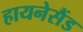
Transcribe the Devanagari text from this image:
हायनेसैंड